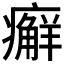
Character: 𰤇